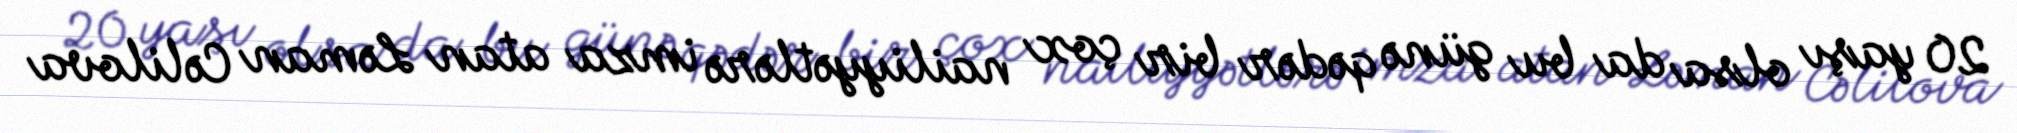
20 yaşı olsa da bu günə qədər bir çox nailiyyətlərə imza atan Ləman Cəlilova